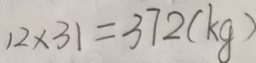
1 2 \times 3 1 = 3 7 2 ( k g )